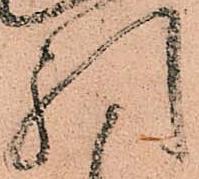
引